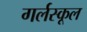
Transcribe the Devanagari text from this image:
गर्लस्कूल